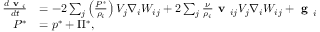
\begin{array} { r l } { \frac { d \textbf { v } _ { i } } { d t } } & { = - 2 \sum _ { j } \left( \frac { { P } ^ { * } } { \rho _ { i } } \right) V _ { j } \nabla _ { i } W _ { i j } + 2 \sum _ { j } \frac { \nu } { \rho _ { i } } \textbf { v } _ { i j } V _ { j } \nabla _ { i } W _ { i j } + \textbf { g } _ { i } } \\ { { P } ^ { * } } & { = { p } ^ { * } + { \Pi } ^ { * } , } \end{array}